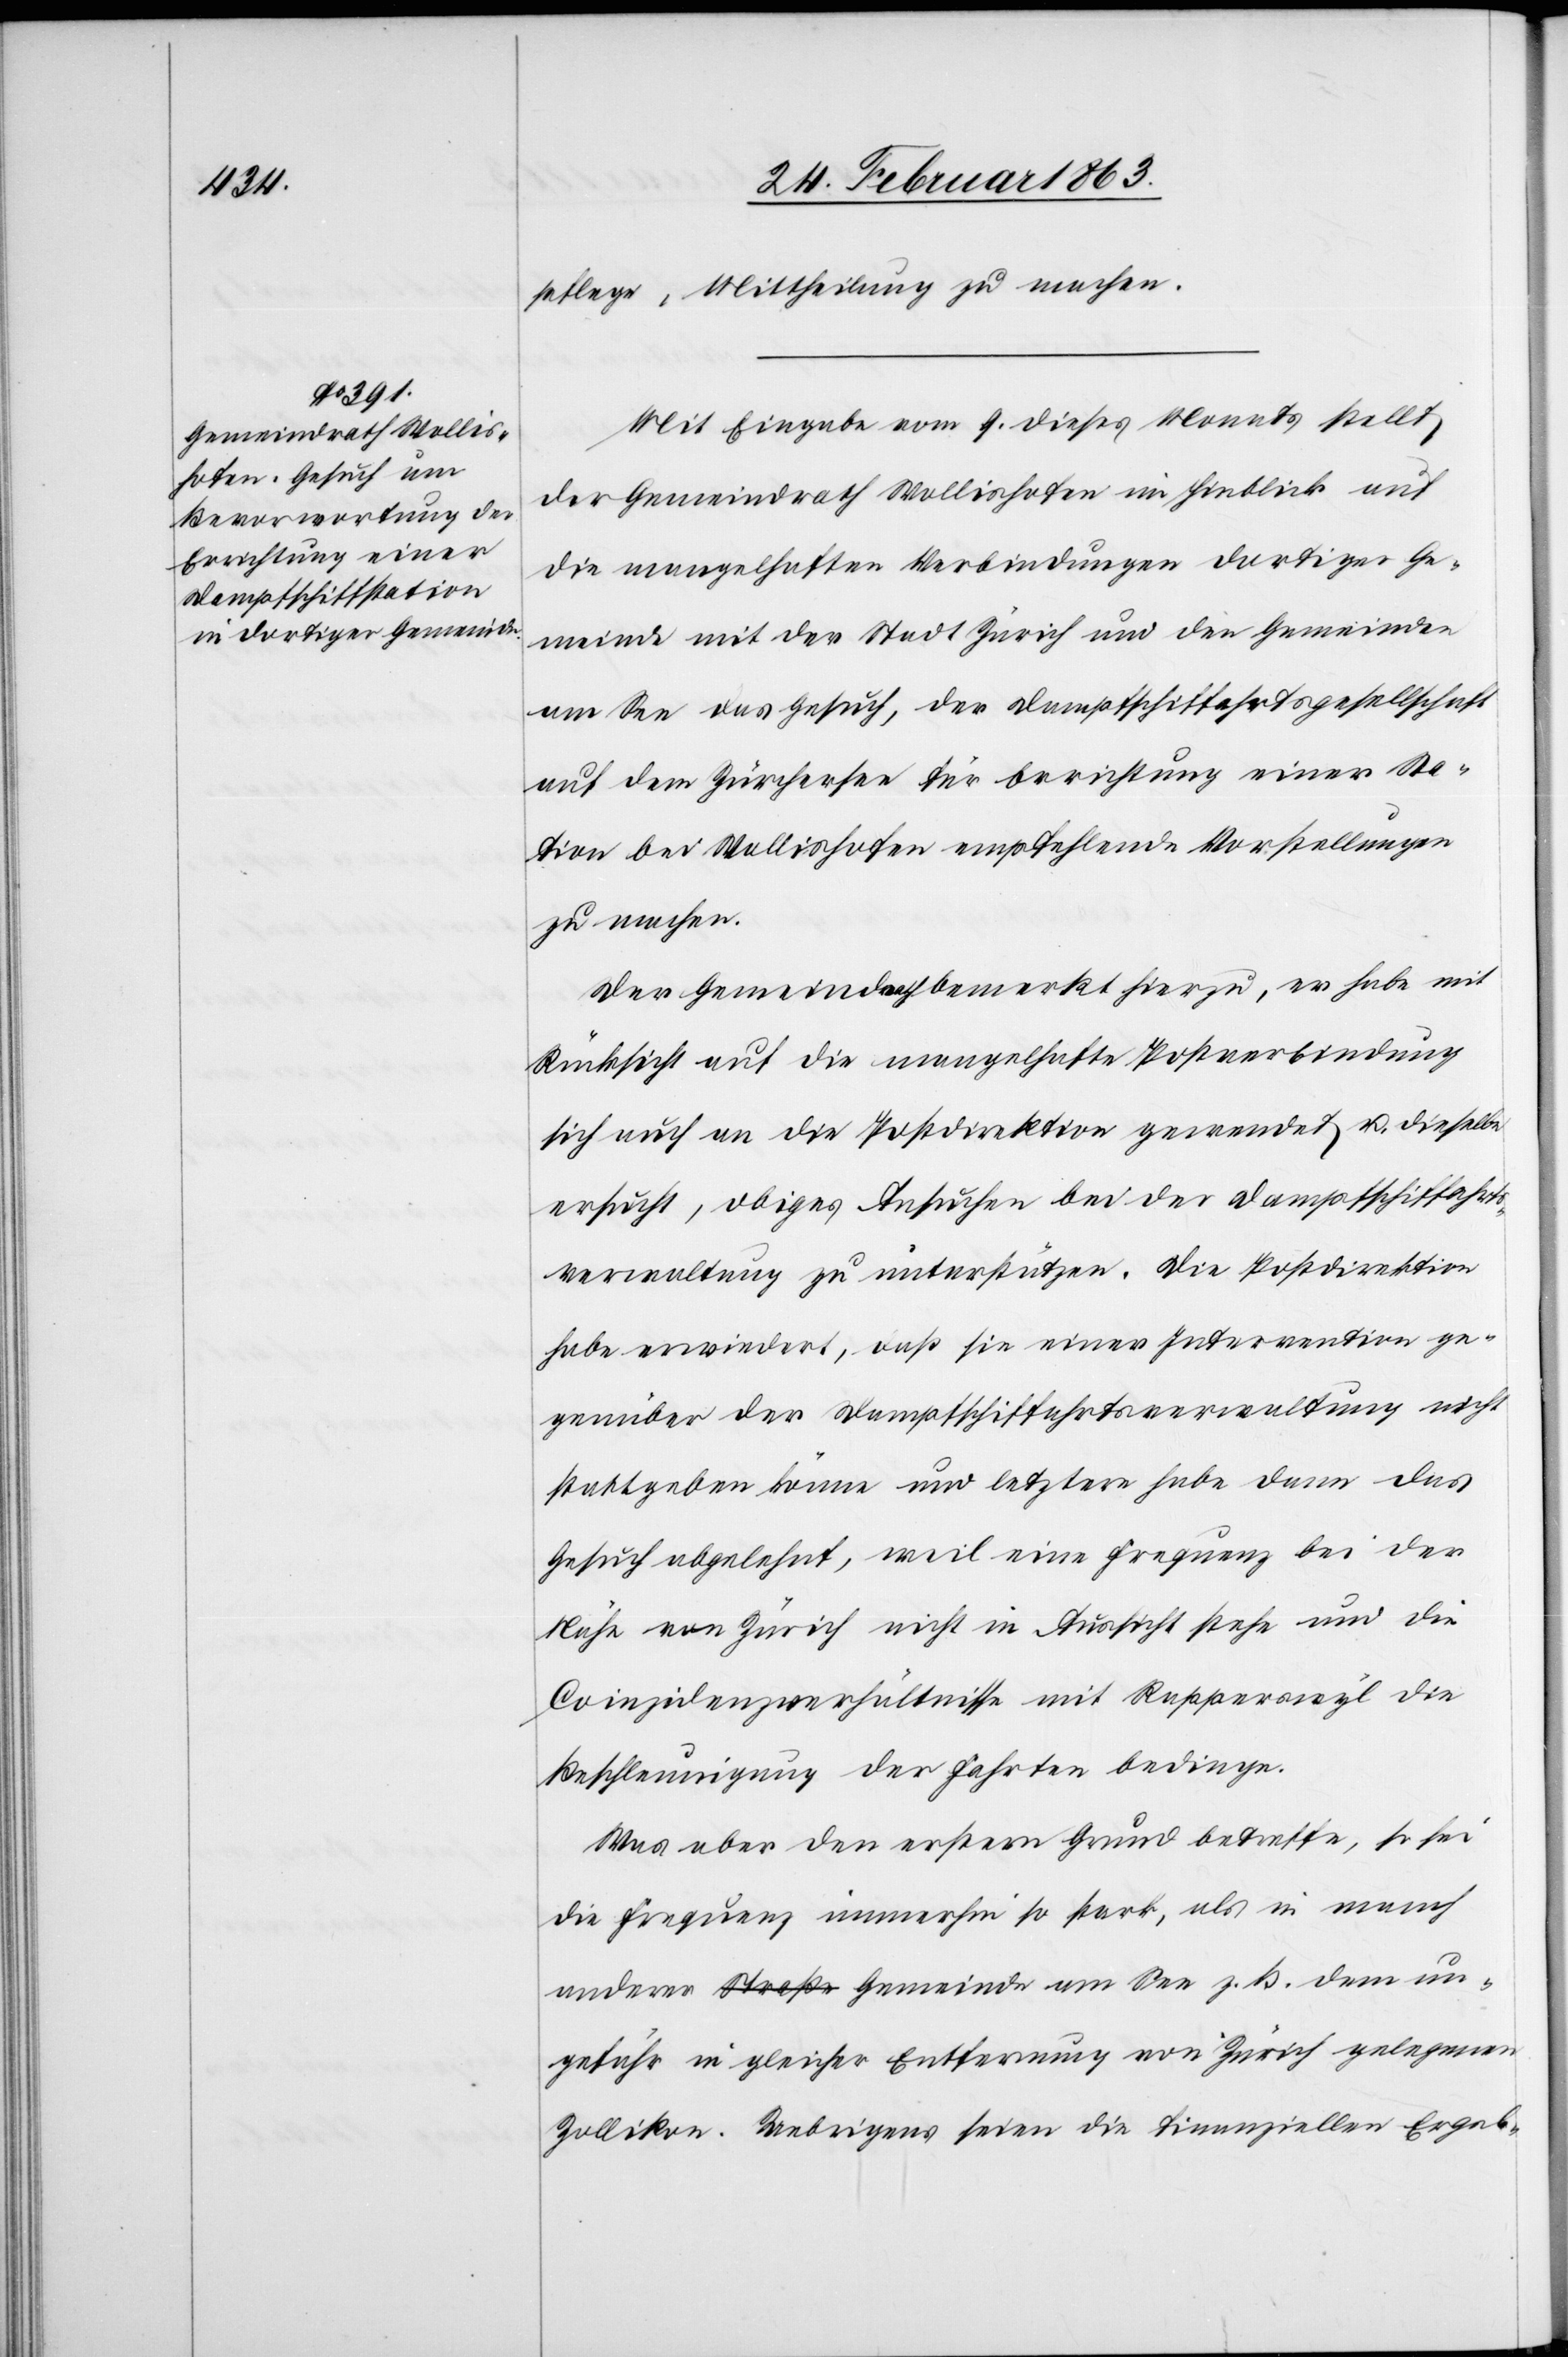
pflege, Mittheilung zu machen.
Mit Eingabe vom 9. dieses Monats stellt
der Gemeindrath Wollishofen im Hinblick auf
die mangelhaften Verbindungen dortiger Ge¬
meinde mit der Stadt Zürich und den Gemeinden
am See das Gesuch, der Dampfschiffahrtsgesellschaft
auf dem Zürchersee für Errichtung einer Sta¬
tion bei Wollishofen empfehlende Vorstellungen
zu machen.
Der Gemeindrath bemerkt hierzu, er habe mit
Rücksicht auf die mangelhafte Postverbindung
sich auch an die Postdirektion gewendet u. dieselbe
ersucht, obiges Ansuchen bei der Dampfschiffahrts¬
verwaltung zu unterstützen. Die Postdirektion
habe erwiedert, daß sie einer Intervention ge¬
genüber der Dampfschiffahrtsverwaltung nicht
stattgeben könne und letztere habe dann das
Gesuch abgelehnt, weil eine Frequenz bei der
Nähe von Zürich nicht in Aussicht stehe und die
Coinzidenzverhältnisse mit Rapperswyl die
Beschleunigung der Fahrten bedinge.
Was aber den erstern Grund betreffe, so sei
die Frequenz immerhin so stark, als in manch
anderer Gemeinde am See z. B. dem un¬
gefähr in gleicher Entfernung von Zürich gelegenen
Zollikon. Uebrigens seien die finanziellen Ergeb-